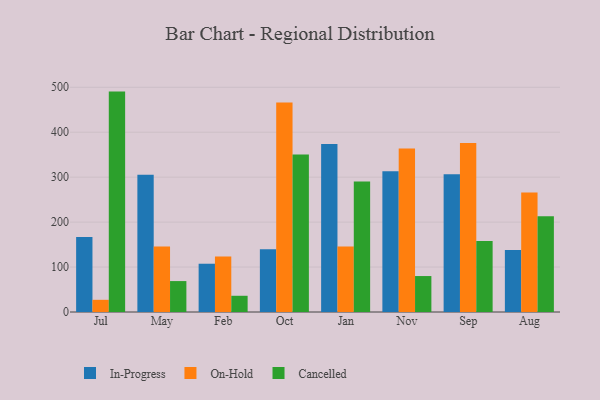
{"axis": {"x": "Month", "y": "Tickets Resolved"}, "legend": ["Cancelled", "In-Progress", "On-Hold"], "data": [{"x": "Jul", "y": 167.1, "type": "In-Progress"}, {"x": "Jul", "y": 27.1, "type": "On-Hold"}, {"x": "Jul", "y": 490.4, "type": "Cancelled"}, {"x": "May", "y": 305.3, "type": "In-Progress"}, {"x": "May", "y": 145.5, "type": "On-Hold"}, {"x": "May", "y": 68.8, "type": "Cancelled"}, {"x": "Feb", "y": 107.4, "type": "In-Progress"}, {"x": "Feb", "y": 123.4, "type": "On-Hold"}, {"x": "Feb", "y": 36.1, "type": "Cancelled"}, {"x": "Oct", "y": 139.8, "type": "In-Progress"}, {"x": "Oct", "y": 465.9, "type": "On-Hold"}, {"x": "Oct", "y": 350.2, "type": "Cancelled"}, {"x": "Jan", "y": 373.8, "type": "In-Progress"}, {"x": "Jan", "y": 145.8, "type": "On-Hold"}, {"x": "Jan", "y": 290.1, "type": "Cancelled"}, {"x": "Nov", "y": 313.2, "type": "In-Progress"}, {"x": "Nov", "y": 363.7, "type": "On-Hold"}, {"x": "Nov", "y": 80.0, "type": "Cancelled"}, {"x": "Sep", "y": 306.4, "type": "In-Progress"}, {"x": "Sep", "y": 376.0, "type": "On-Hold"}, {"x": "Sep", "y": 157.9, "type": "Cancelled"}, {"x": "Aug", "y": 137.7, "type": "In-Progress"}, {"x": "Aug", "y": 266.0, "type": "On-Hold"}, {"x": "Aug", "y": 213.2, "type": "Cancelled"}]}